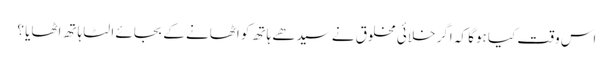
اس وقت کیا ہوگا کہ اگر خلائی مخلوق نے سیدھے ہاتھ کو اٹھانے کے بجائے الٹا ہاتھ اٹھایا ؟